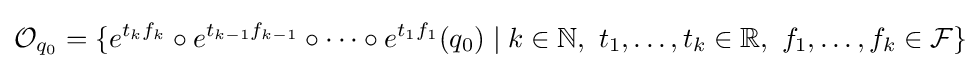
{\mathcal {O}}_{q_{0}}=\{e^{t_{k}f_{k}}\circ e^{t_{k-1}f_{k-1}}\circ \cdots \circ e^{t_{1}f_{1}}(q_{0})\mid k\in \mathbb {N} ,\ t_{1},\dots ,t_{k}\in \mathbb {R} ,\ f_{1},\dots ,f_{k}\in {\mathcal {F}}\}